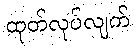
ထုတ်လုပ်လျက်